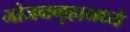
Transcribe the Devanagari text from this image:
भोजनगृहामध्ये